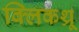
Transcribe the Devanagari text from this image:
क्लिकथ्रू